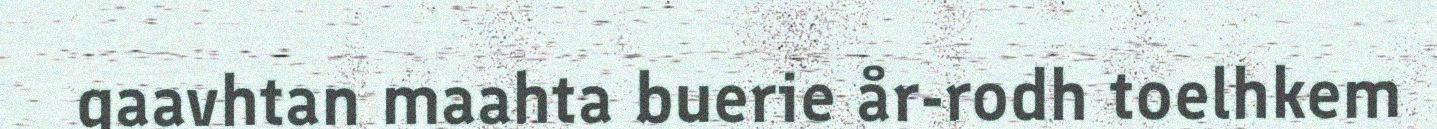
gaavhtan maahta buerie år-rodh toelhkem